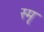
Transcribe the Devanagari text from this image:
स्मृ